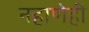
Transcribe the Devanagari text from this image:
नहाणेही